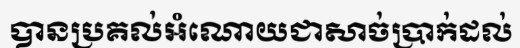
បានប្រគល់អំណោយជាសាច់ប្រាក់ដល់